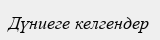
Дүниеге келгендер